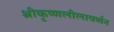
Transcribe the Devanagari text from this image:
श्रीकृष्णलीलावर्णन